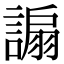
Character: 謆